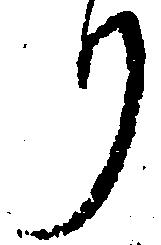
り